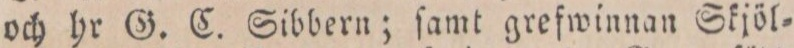
och hr G. C. Sibbern; ſamt grefwinnan Skjöl=